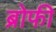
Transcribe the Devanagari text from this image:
ब्रोफी